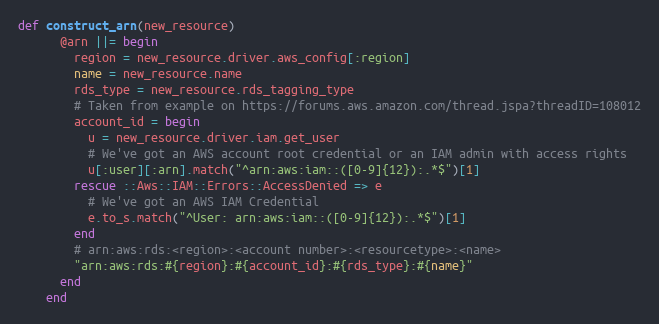
Language: Ruby
def construct_arn(new_resource)
      @arn ||= begin
        region = new_resource.driver.aws_config[:region]
        name = new_resource.name
        rds_type = new_resource.rds_tagging_type
        # Taken from example on https://forums.aws.amazon.com/thread.jspa?threadID=108012
        account_id = begin
          u = new_resource.driver.iam.get_user
          # We've got an AWS account root credential or an IAM admin with access rights
          u[:user][:arn].match("^arn:aws:iam::([0-9]{12}):.*$")[1]
        rescue ::Aws::IAM::Errors::AccessDenied => e
          # We've got an AWS IAM Credential
          e.to_s.match("^User: arn:aws:iam::([0-9]{12}):.*$")[1]
        end
        # arn:aws:rds:<region>:<account number>:<resourcetype>:<name>
        "arn:aws:rds:#{region}:#{account_id}:#{rds_type}:#{name}"
      end
    end